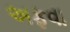
અફવા